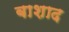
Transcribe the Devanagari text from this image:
बाशाद